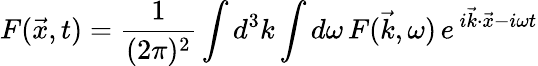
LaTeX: F(\vec{x},t)=\frac{1}{(2\pi)^{2}}\int d^{3}k\int d\omega\, F(\vec{k},\omega)\, e^{\, i\vec{k}\cdot\vec{x}-i\omega t}